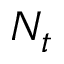
N _ { t }